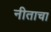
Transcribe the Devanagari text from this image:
नीताचा